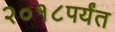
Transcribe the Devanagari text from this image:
२०१८पर्यंत